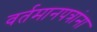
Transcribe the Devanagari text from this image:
वर्तमानपत्रांना